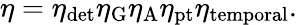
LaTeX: \eta=\eta_{\mathrm{det}}\eta_{\mathrm{G}}\eta_{\mathrm{A}}\eta_{\mathrm{pt}}\eta_{\mathrm{temporal}}.